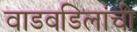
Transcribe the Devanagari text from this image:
वाडवडिलांची